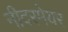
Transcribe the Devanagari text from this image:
नीदरमेयर